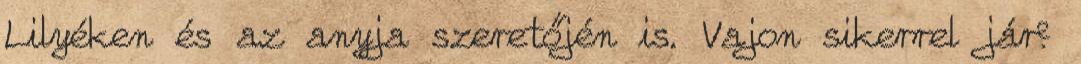
Lilyéken és az anyja szeretőjén is. Vajon sikerrel jár?